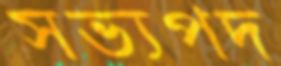
সভ্যপদ